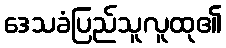
ဒေသခံပြည်သူလူထု၏